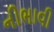
નીભાવી